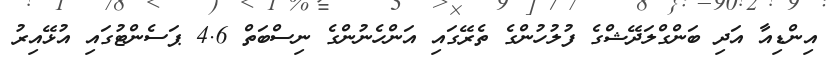
އިންޑިއާ އަދި ބަންގްލަދޭޝްގެ ފުލުހުންގެ ތެރޭގައި އަންހެނުންގެ ނިސްބަތް 4.6 ޕަސެންޓުގައި އުޅޭއިރު